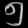
Digit: ၅